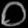
Digit: ၀